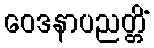
ဝေဒနာပညတ္တိံ